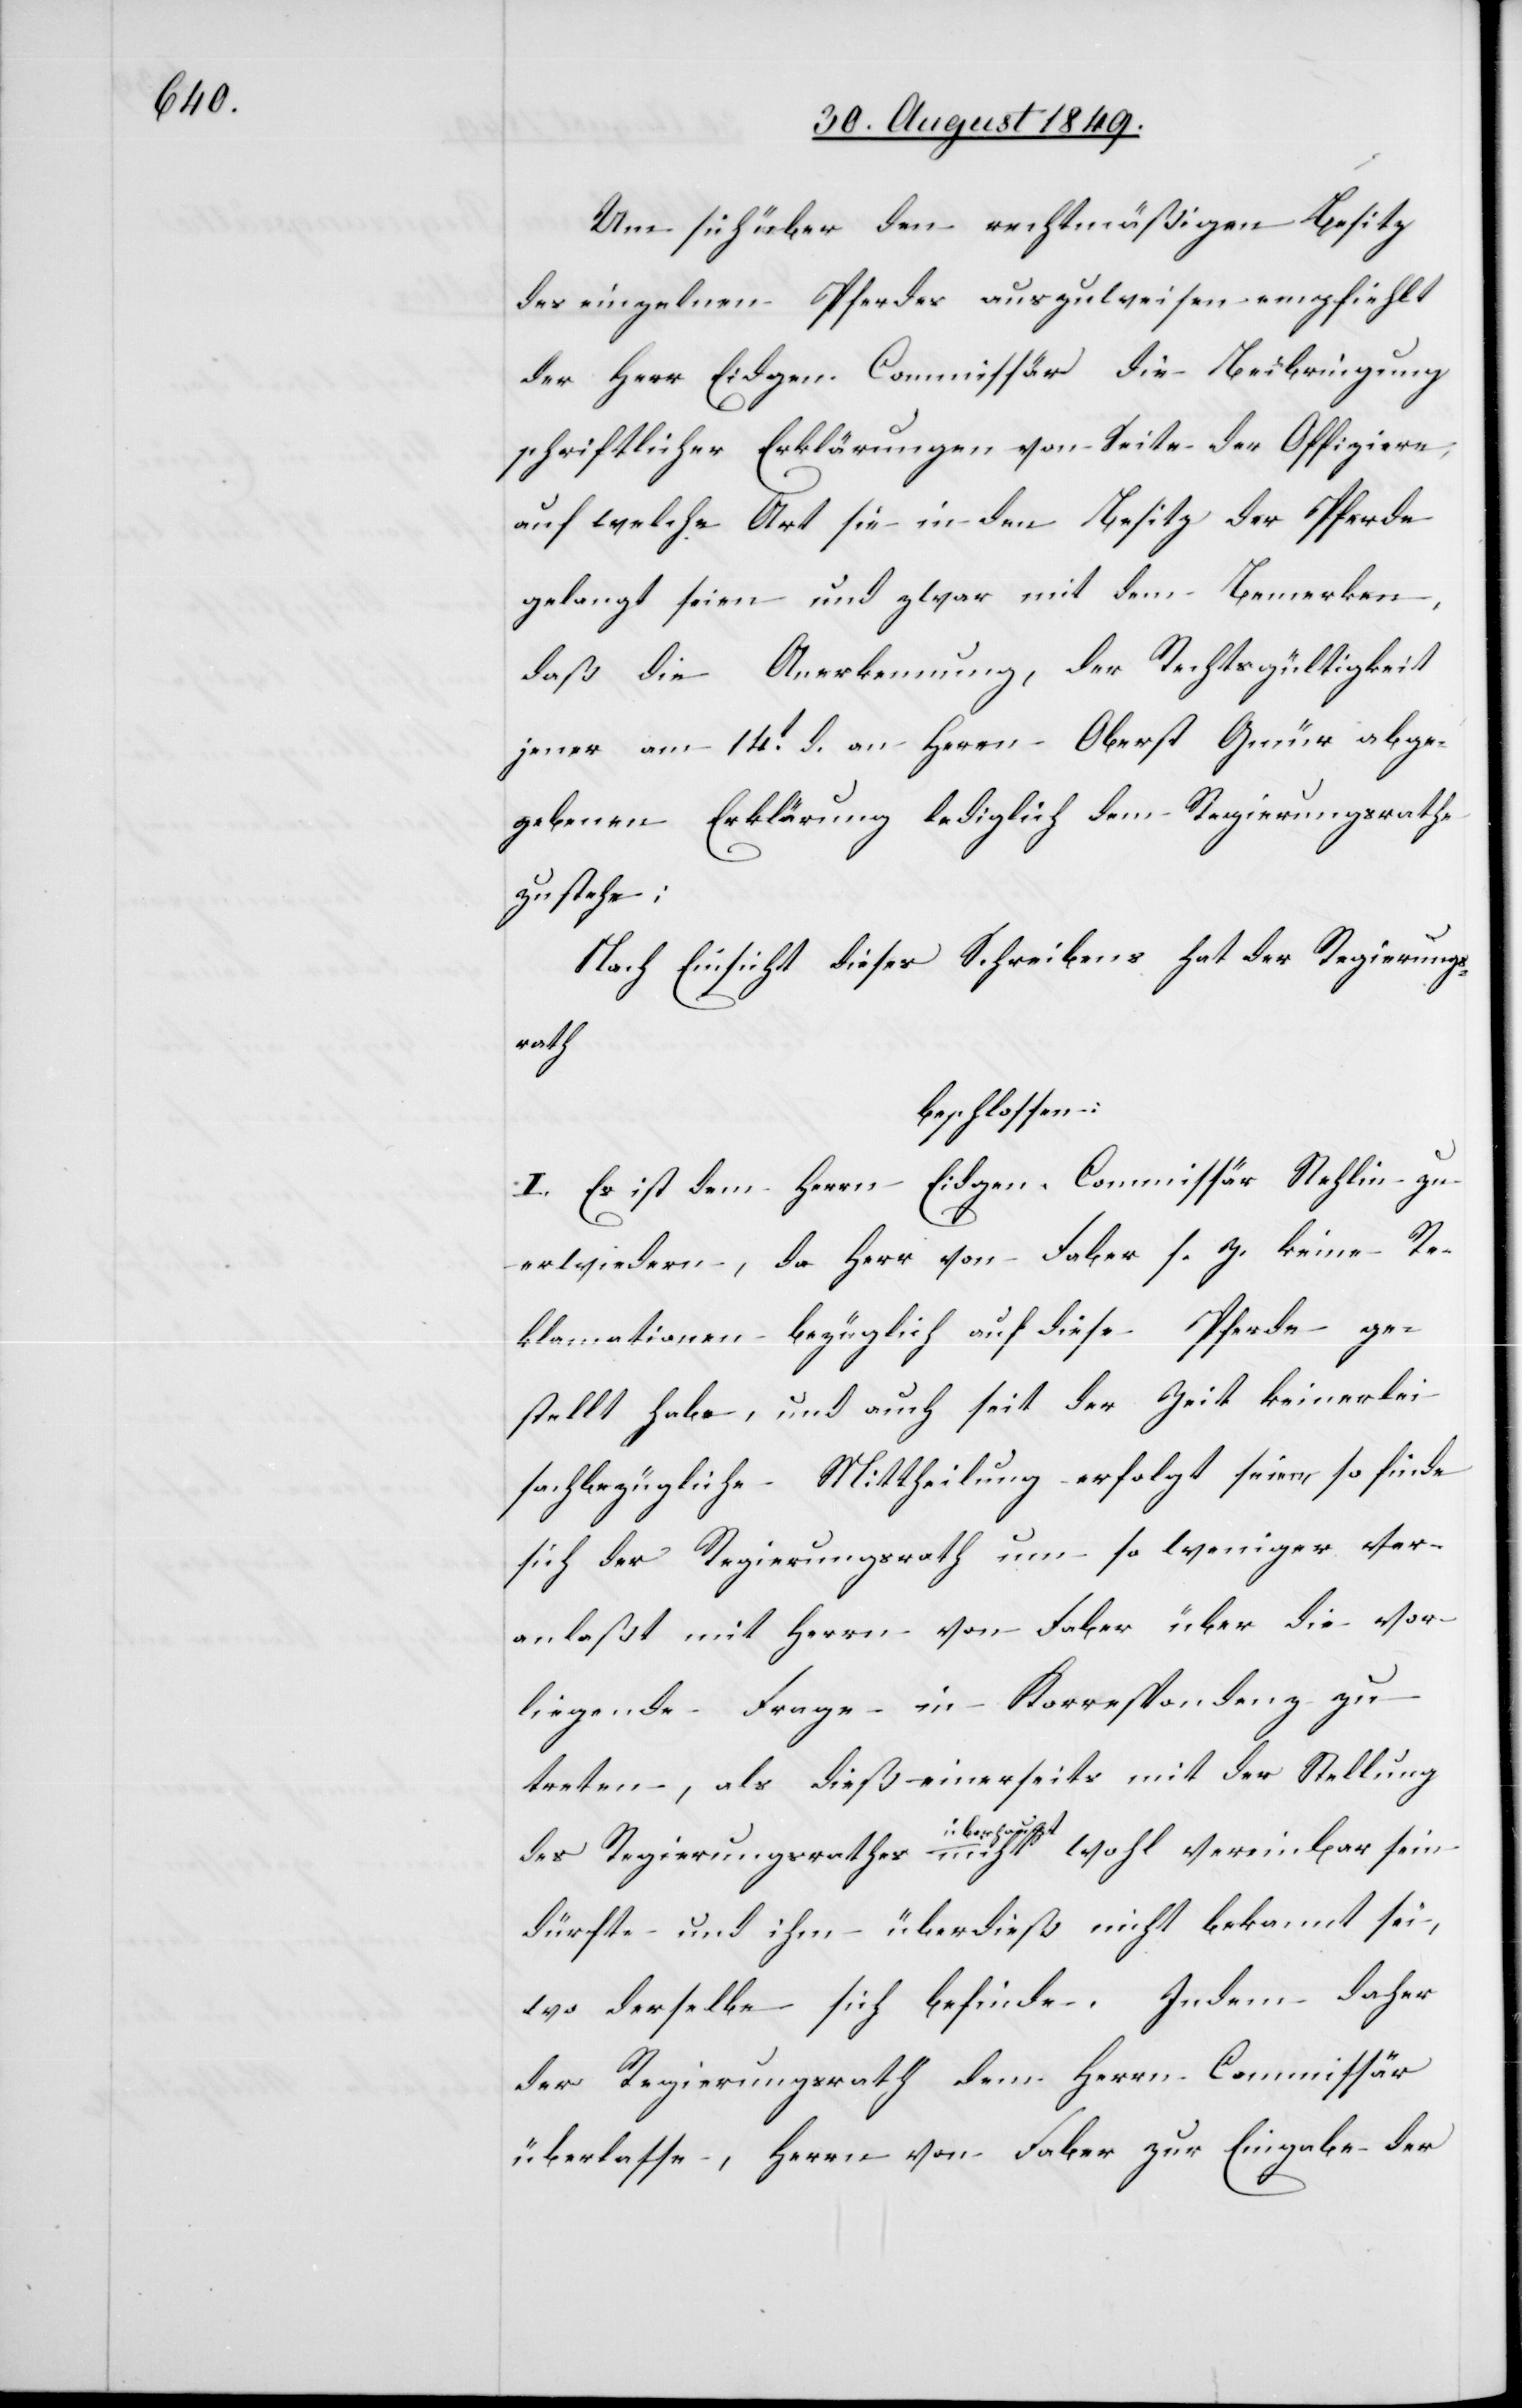
Um sich über den rechtmäßigen Besitz
des einzelnen Pferdes auszuweisen empfiehlt
der Herr Eidgen. Commissär die Beibringung
schriftlicher Erklärungen von Seite der Offiziere,
auf welche Art sie in den Besitz der Pferde
gelangt seien und zwar mit dem Bemerken,
daß die Anerkennung, der Rechtsgültigkeit
jener am 14t d. an Her[r]n Oberst Gmür abge¬
gebenen Erklärung lediglich dem Regierungsrathe
zustehe:
Nach Einsicht dieses Schreibens hat der Regierungs¬
rath
beschlossen:
I. Es ist dem Herrn Eidgen. Commissär Stehlin zu
erwiedern, da Herr von Faber s. Z. keine Re¬
klamationen bezüglich auf diese Pferde ge¬
stellt habe, und auch seit der Zeit keinerlei
sachbezügliche Mittheilung erfolgt seien [recte:
sich der Regierungsrath um so weniger ver¬
anlaßt mit Herrn von Faber über die vor¬
liegende Frage in Korrespondenz zu
treten, als dieß einerseits mit der Stellung
des Regierungsrathes a-überhaupt-a nicht wohl vereinbar sein
dürfte und ihm überdieß nicht bekannt sei,
wo derselbe sich befinde. Indem daher
der Regierungsrath dem Herrn Commissär
überlasse, Herrn von Faber zur Eingabe der